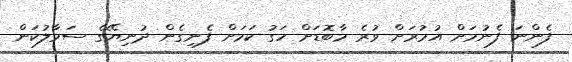
ފެންނަ ފެނުމަށް އުމުރަށް ވުރެ މާބޮޑަށް ހަގު ކަމަށް ފެނިގެން ދުނިޔޭގެ ސަމާލުކަން